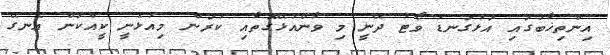
އިންތިޚާބުގައި އަޅުގަނޑު ވޯޓު ދޭނީ މި ވާންއުޅޭގޮތާއި ކުރަން މިއުޅެނީ ކީއްކަން އެނގޭ